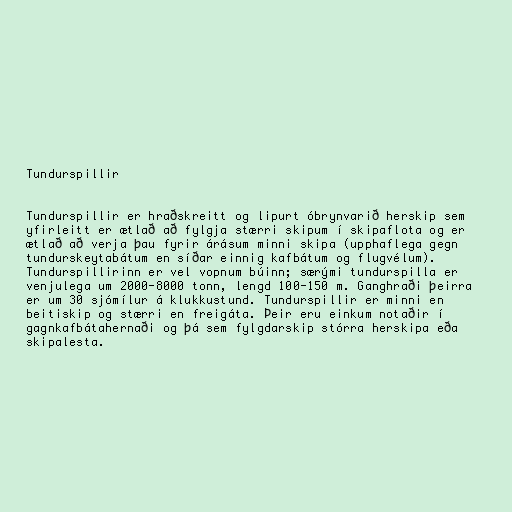
Tundurspillir

Tundurspillir er hraðskreitt og lipurt óbrynvarið herskip sem
yfirleitt er ætlað að fylgja stærri skipum í skipaflota og er
ætlað að verja þau fyrir árásum minni skipa (upphaflega gegn
tundurskeytabátum en síðar einnig kafbátum og flugvélum).
Tundurspillirinn er vel vopnum búinn; særými tundurspilla er
venjulega um 2000-8000 tonn, lengd 100-150 m. Ganghraði þeirra
er um 30 sjómílur á klukkustund. Tundurspillir er minni en
beitiskip og stærri en freigáta. Þeir eru einkum notaðir í
gagnkafbátahernaði og þá sem fylgdarskip stórra herskipa eða
skipalesta.